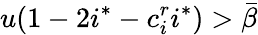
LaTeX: u(1-2i^{*}-c_{i}^{r}i^{*})>\bar{\beta}